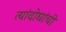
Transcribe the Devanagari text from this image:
त्यांदोघांची